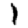
Digit: 1